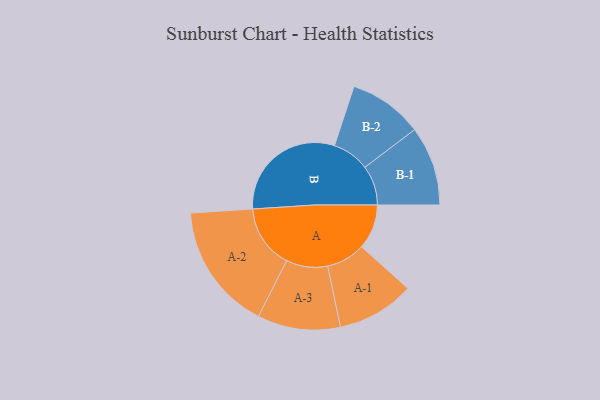
{"axis": {"x": "Segment", "y": "Value"}, "legend": ["", "A", "B"], "data": [{"x": "A", "y": 158, "type": ""}, {"x": "B", "y": 422, "type": ""}, {"x": "A-1", "y": 137, "type": "A"}, {"x": "A-2", "y": 224, "type": "A"}, {"x": "A-3", "y": 146, "type": "A"}, {"x": "B-1", "y": 140, "type": "B"}, {"x": "B-2", "y": 131, "type": "B"}]}